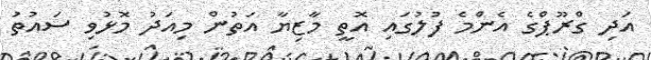
އަދި ގްރޫޕްގެ އެންމެ ފުލުގައި އޮތީ މާޒިޔާ އަތުން މިއަދު މޮޅުވި ސައުތު